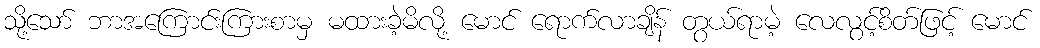
သို့သော် ဘာအကြောင်းကြားစာမှ မထားခဲ့မိလို့ မောင် ရောက်လာချိန် တွယ်ရာမဲ့ လေလွင့်စိတ်ဖြင့် မောင်